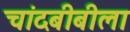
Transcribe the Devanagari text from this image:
चांदबीबीला